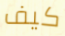
كيف